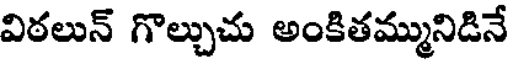
విఠలున్ గొల్చుచు అంకితమ్మునిడినే